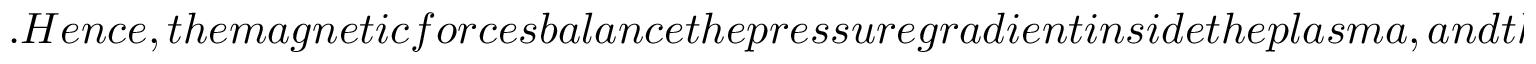
. H e n c e , t h e m a g n e t i c f o r c e s b a l a n c e t h e p r e s s u r e g r a d i e n t i n s i d e t h e p l a s m a , a n d t h e c o n t o u r s o f c o n s t a n t p r e s s u r e f o r m a s e t o f n e s t e d t o r i , o n w h i c h t h e m a g n e t i c f i e l d i s t a n g e n t (